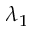
\lambda _ { 1 }